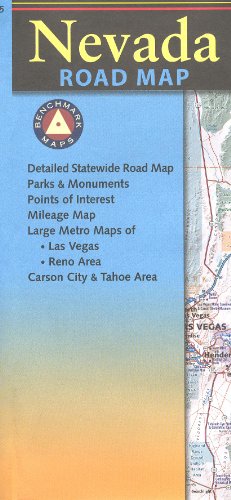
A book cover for Nevada State 1:950,400 & Las Vegas, Reno, Carson, Tahoe Map by BM; Benchmark Maps; Travel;